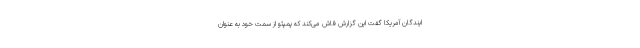
ایندگان آمریکا گفت این گزارش فاش می‌کند که پمپئو از سمت خود به عنوان